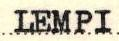
LEMPI